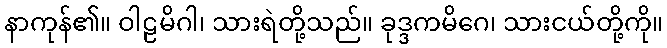
နာကုန်၏။ ဝါဠမိဂါ၊ သားရဲတို့သည်။ ခုဒ္ဒကမိဂေ၊ သားငယ်တို့ကို။